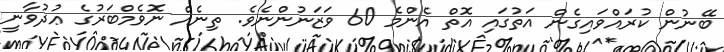
ބޭނުން ކުރައްވައިގެން އަތުގައި އޮތް އެންމެ 60 ވަޒަނުންނެވެ. ތިނެއް ނޮވެމްބަރުގެ ޢުދުވާނީ